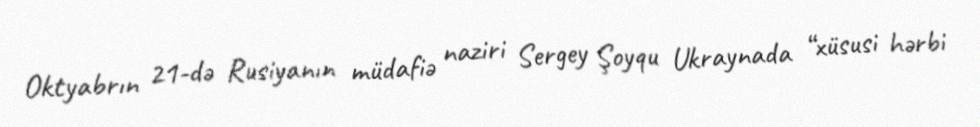
Oktyabrın 21-də Rusiyanın müdafiə naziri Sergey Şoyqu Ukraynada “xüsusi hərbi